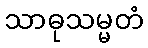
သာဓုသမ္မတံ